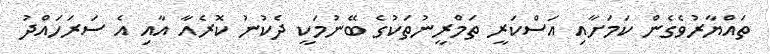
ތައްޔާރުވެގެން ކަމަށާއި އަސްކަރީ ތަމްރީނުތަކުގެ ބޭނުމަކީ ދެކުނު ކޮރެއާ އާއި އެ ސަރަހައްދު